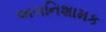
અગનિશામક